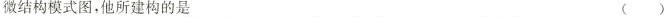
微结构模式图，他所建构的是 ( )